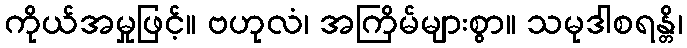
ကိုယ်အမှုဖြင့်။ ဗဟုလံ၊ အကြိမ်များစွာ။ သမုဒါစရန္တိ၊